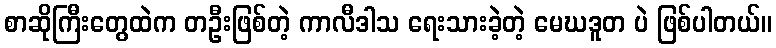
စာဆိုကြီးတွေထဲက တဦးဖြစ်တဲ့ ကာလီဒါသ ရေးသားခဲ့တဲ့ မေဃဒူတ ပဲ ဖြစ်ပါတယ်။